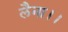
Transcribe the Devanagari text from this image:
लैना।।